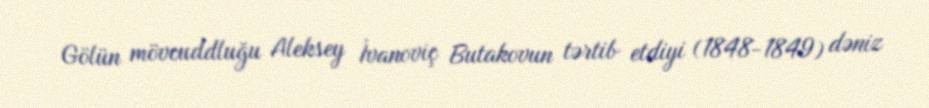
Gölün mövcuddluğu Aleksey İvanoviç Butakovun tərtib etdiyi (1848-1849) dəniz